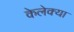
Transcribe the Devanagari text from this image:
केलेक्या